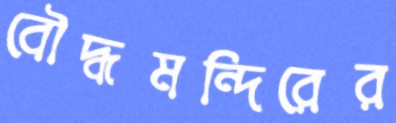
বৌদ্ধমন্দিরের